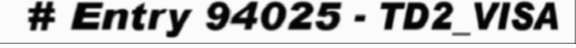
# Entry 94025 - TD2_VISA